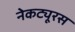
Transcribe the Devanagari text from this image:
नेकट्यूरस